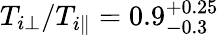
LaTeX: T_{i\perp}/T_{i\parallel}=0.9_{-0.3}^{+0.25}